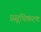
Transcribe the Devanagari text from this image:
प्रसूचिकरण